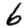
Digit: 6